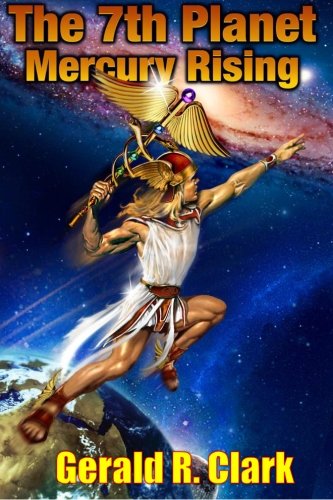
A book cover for The 7th Planet, Mercury Rising; Gerald R. Clark; Religion & Spirituality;